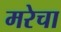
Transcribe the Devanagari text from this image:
मरेचा